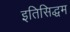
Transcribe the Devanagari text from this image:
इतिसिद्धम